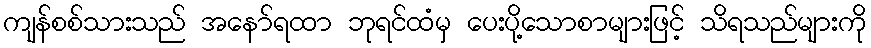
ကျန်စစ်သားသည် အနော်ရထာ ဘုရင်ထံမှ ပေးပို့သောစာများဖြင့် သိရသည်များကို